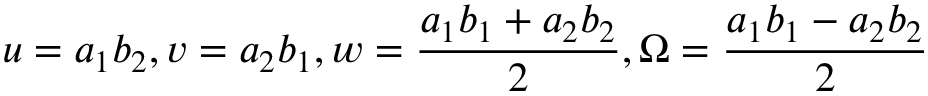
u = a _ { 1 } b _ { 2 } , v = a _ { 2 } b _ { 1 } , w = \frac { a _ { 1 } b _ { 1 } + a _ { 2 } b _ { 2 } } { 2 } , \Omega = \frac { a _ { 1 } b _ { 1 } - a _ { 2 } b _ { 2 } } { 2 }